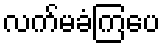
လက်မခံကြပေ